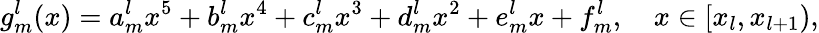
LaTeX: g_{m}^{l}(x)=a_{m}^{l}x^{5}+b_{m}^{l}x^{4}+c_{m}^{l}x^{3}+d_{m}^{l}x^{2}+e_{m}^{l}x+f_{m}^{l},\quad x\in[x_{l},x_{l+1}),